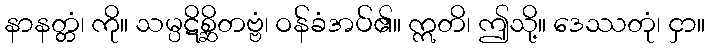
နာနတ္တံ၊ ကို။ သမ္ပဋိစ္ဆိတဗ္ဗံ၊ ဝန်ခံအပ်၏။ ဣတိ၊ ဤသို့။ ဒေဿတုံ၊ ငှာ။